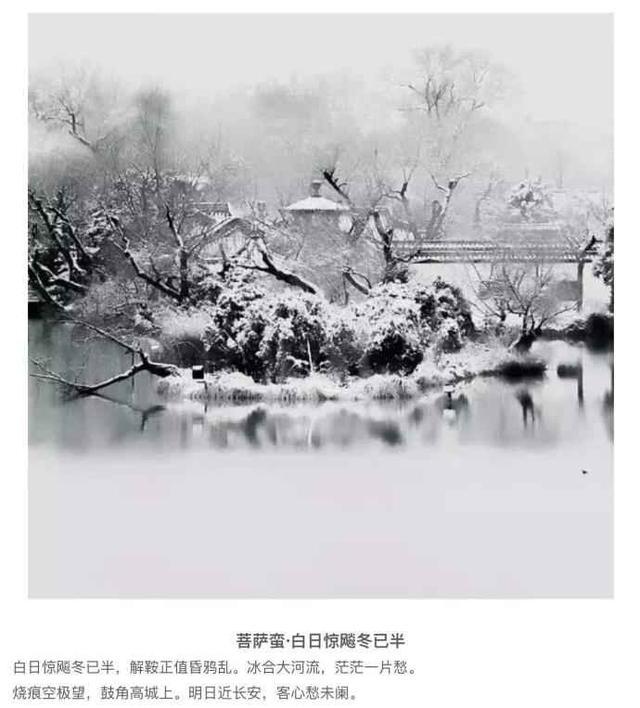
朔风吹散三更雪，倩魂犹恋桃花月。